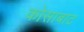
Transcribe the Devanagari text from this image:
कोसाबाट